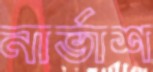
নার্ভাশ